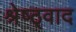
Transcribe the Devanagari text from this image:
श्रेष्ठ्वाद